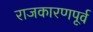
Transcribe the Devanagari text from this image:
राजकारणपूर्व